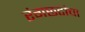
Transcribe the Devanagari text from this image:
रंगछटांचा